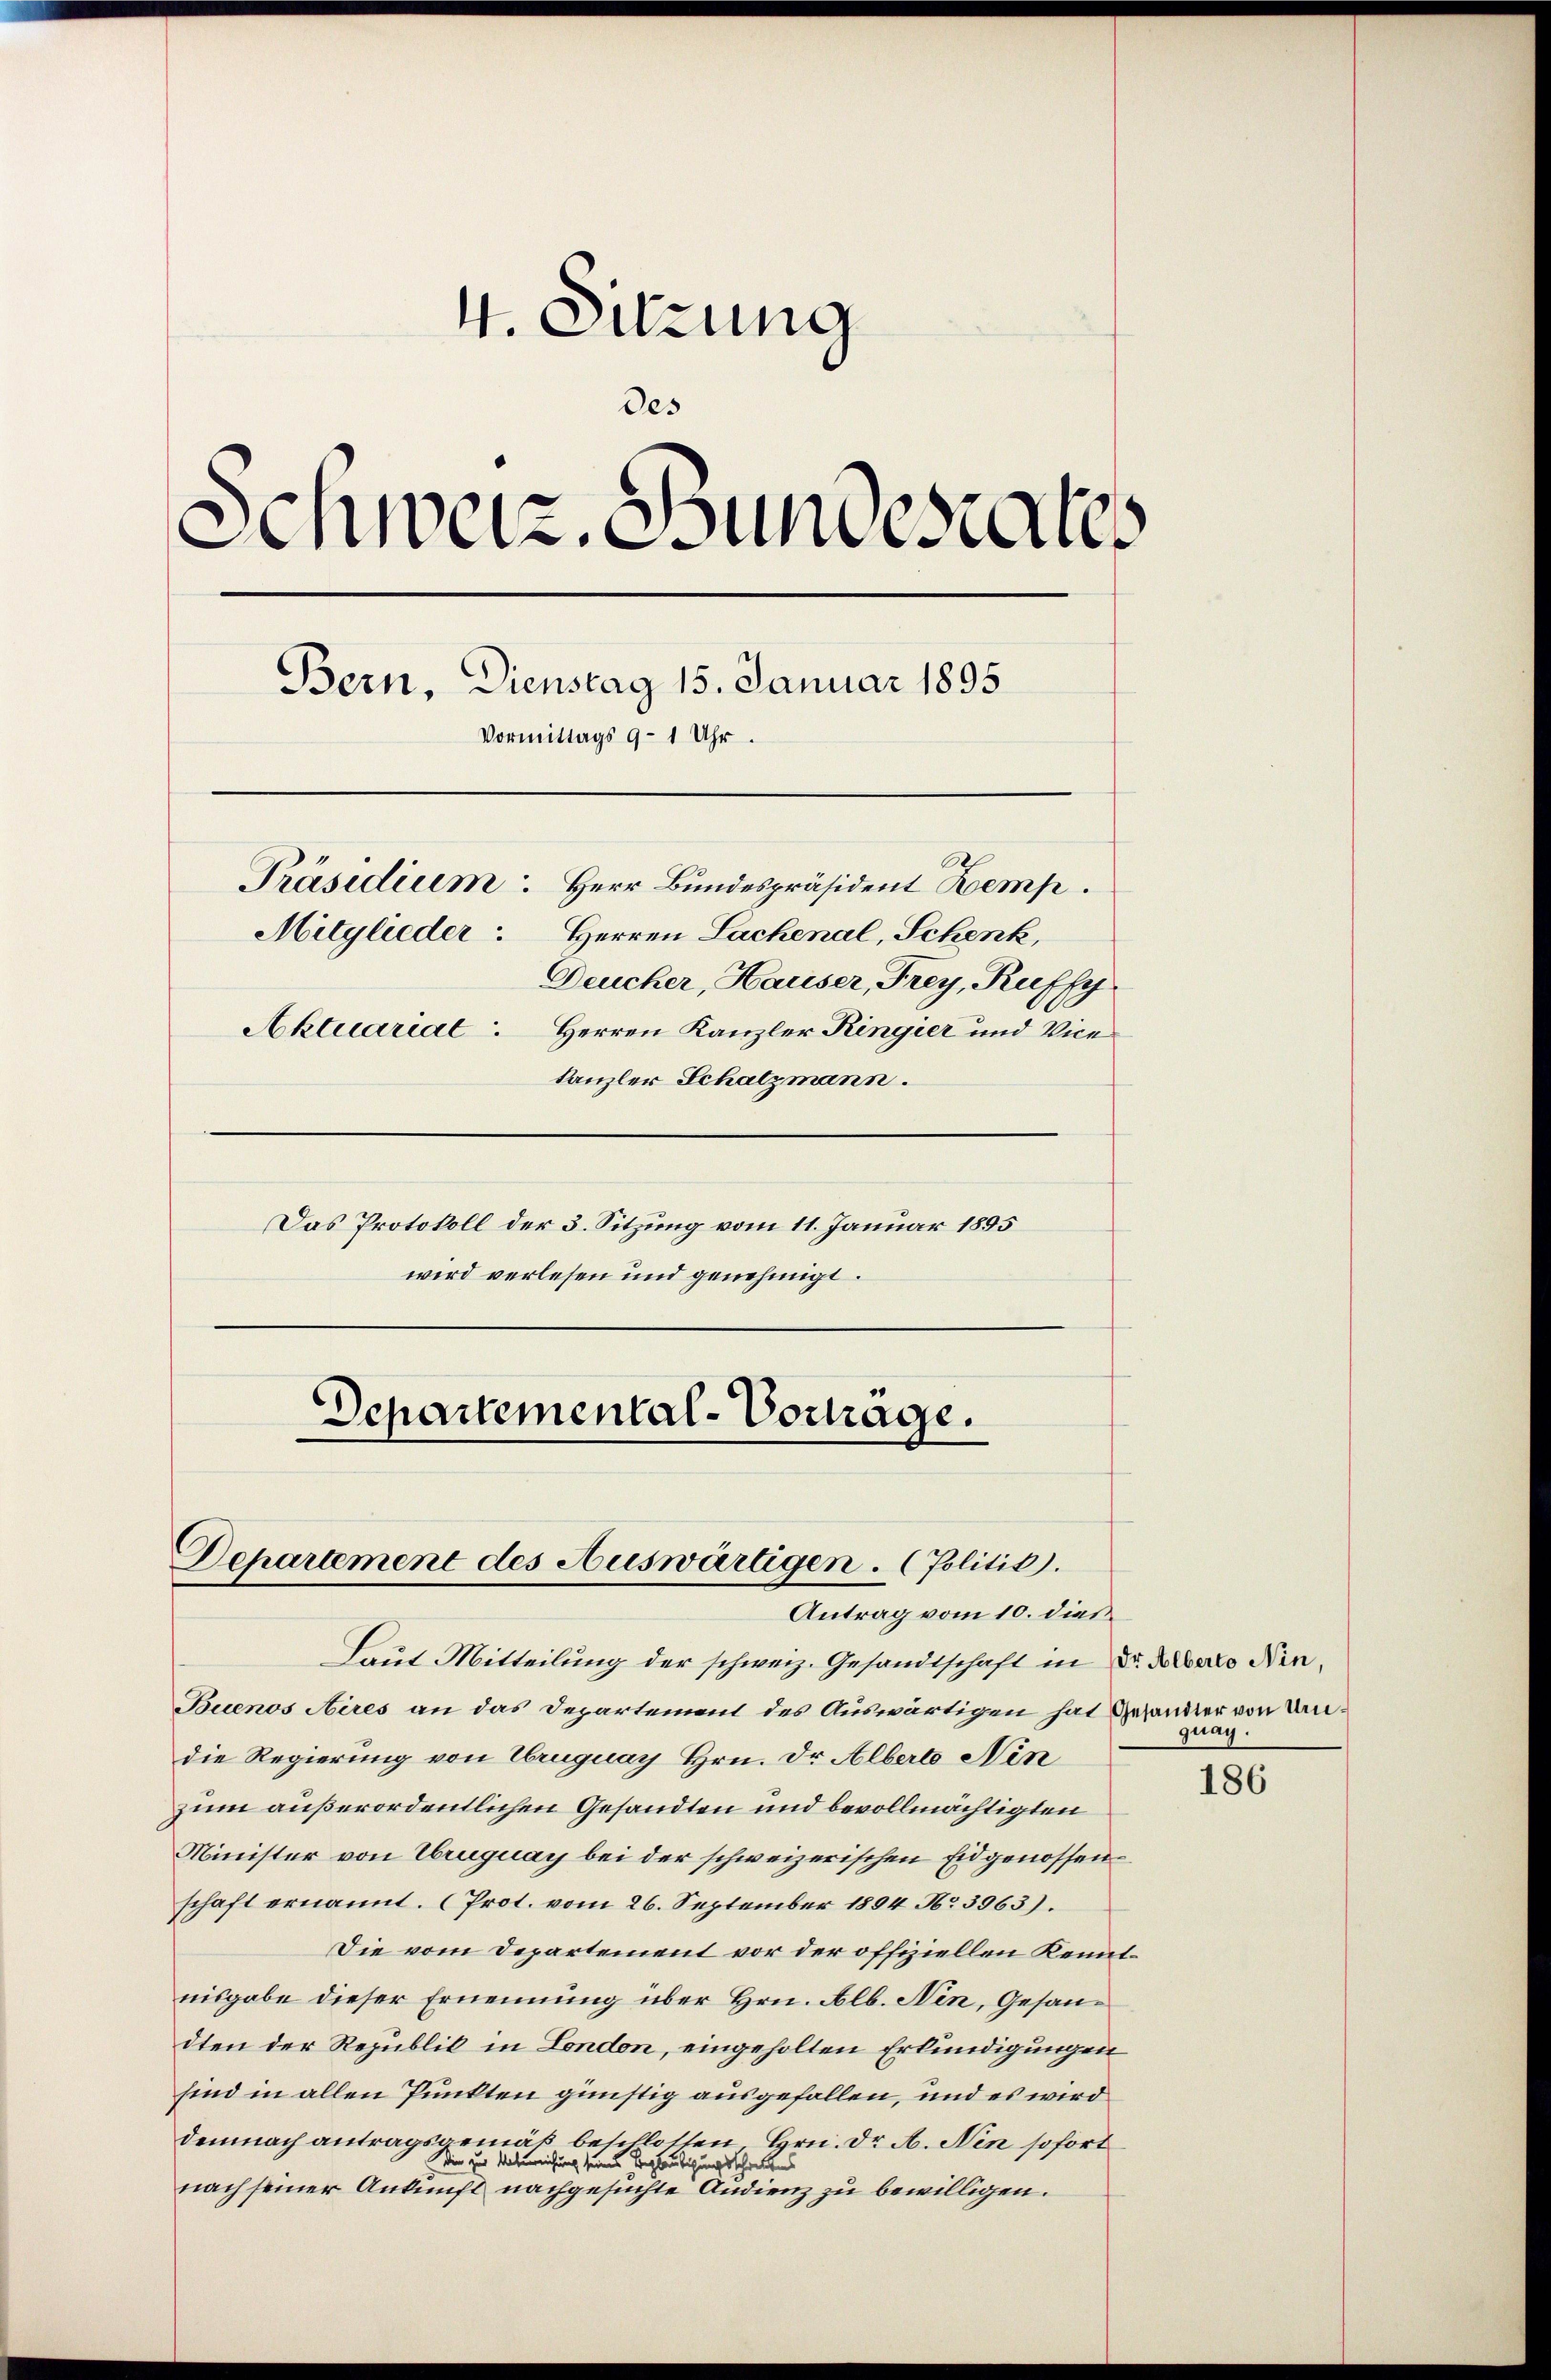
4. Sitzung
des
Schweiz. Bundestates
Bern, Dienstag 15. Januar 1895
Vormittags 9 - 1 Uhr.
Präsidium Herr Bundespräsident Kemp
Mitglieder: Herren Sachenal, Schenk,
Deucher, Hauser, Frey, Rufsch
Aktuariat. Herren Kanzler Ringier und Vice
kanzler Schatzmann.
Das Protokoll der 3. Sitzung vom 11. Januar 1895
wird verlesen und genehmigt.
Schartemental-Vortrage.

Departement des Auswärtigen. (Politis).
Antrag vom 10. dies

Laut Mitteilung der schweiz. Gesandtschaft in Dr. Aber Nie¬
Buenos Aires an das Departement des Auswärtigen hat Gesandter von Undie Regierung von Uruguay Hrn. Dr. Albert Nin
zum außerordentlichen Gesandten und bevollmächtigten
Minister von Truguay bei der schweizerischen Eidgenossenschaft ernannt. (Prot. vom 26. September 1804. No. 3963).
Die vom Departement vor der offiziellen Kenntnisgabe dieser Ernennung über Hrn. Alb. Nen, Gesandten der Republik in London, eingeholten Erkundigungen
sind in allen Punkten günstig ausgefallen, und es wird
demnach antragsgemäß beschlossen, Hrn. Dr A. Nen sofort
Die zur Unterreichung seines Beglaubigungsschreibens
nach seiner Ankunft nachgesuchte Audienz zu bewilligen.

quag.

186